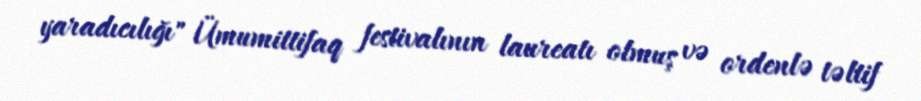
yaradıcılığı" Ümumittifaq festivalının laureatı olmuş və ordenlə təltif